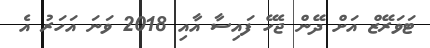
ޓަވަރޭޒް އަށް ދޭން ޖެހޭ ފައިސާ އާއި 2018 ވަނަ އަހަރު އެ